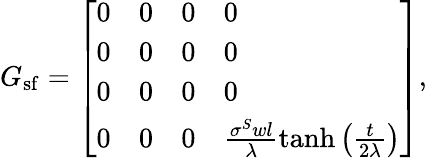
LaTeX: G_{\mathrm{sf}}=\left[\begin{array}{llll}{0}&{0}&{0}&{0}\\ {0}&{0}&{0}&{0}\\ {0}&{0}&{0}&{0}\\ {0}&{0}&{0}&{\frac{\sigma^{S}wl}{\lambda}\mathrm{tanh}\left(\frac{t}{2\lambda}\right)}\end{array}\right],